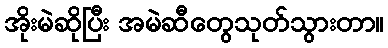
အိုးမဲဆိုပြီး အမဲဆီတွေသုတ်သွားတာ။